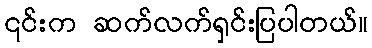
၎င်းက ဆက်လက်ရှင်းပြပါတယ်။